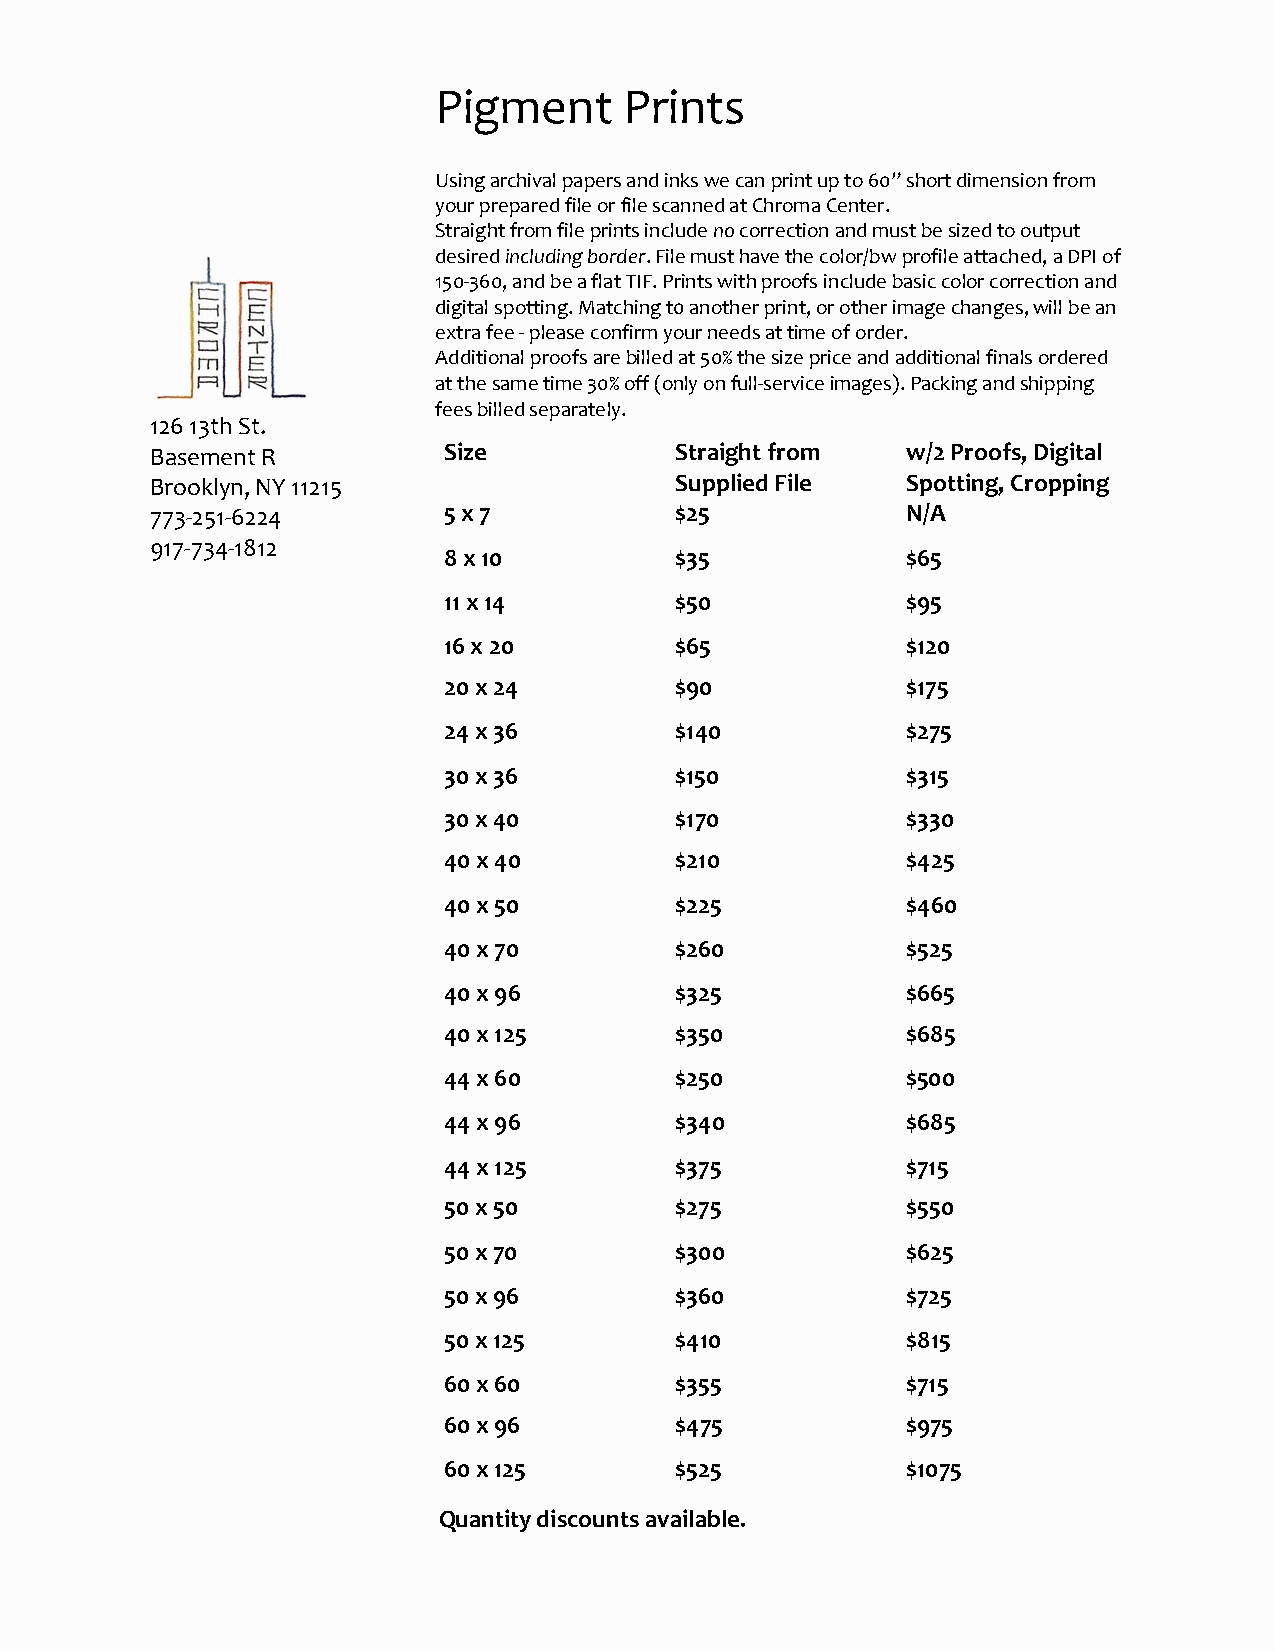
Pigment     Prints
 Using archival papers and inks we can print up to 60” short dimension from
 your prepared file or file scanned at Chroma Center.
 Straight from file prints include no correction and must be sized to output
 desired including border. File must have the color/bw profile attached, a DPI of
 150-360, and be a flat TIF. Prints with proofs include basic color correction and
 digital spotting. Matching t0 another print, or other image changes, will be an
 extra fee - please confirm your needs at time of order.
 Additional proofs are billed at 50% the size price and additional finals ordered
 at the same time 30% off (only on full-service images). Packing and shipping
 fees billed separately.
 126 13th St.
 Basement R         Size            Straight from  w/2 Proofs, Digital
 Brooklyn, NY 11215                 Supplied File  Spotting, Cropping
 773-251-6224       5 x 7           $25            N/A
 917-734-1812
 8 x 10          $35            $65
 11 x 14         $50            $95
 16 x 20         $65            $120
 20 x 24         $90            $175
 24 x 36         $140           $275
 30 x 36         $150           $315
 30 x 40         $170           $330
 40 x 40         $210           $425
 40 x 50         $225           $460
 40 x 70         $260           $525
 40 x 96         $325           $665
 40 x 125        $350           $685
 44 x 60         $250           $500
 44 x 96         $340           $685
 44 x 125        $375           $715
 50 x 50         $275           $550
 50 x 70         $300           $625
 50 x 96         $360           $725
 50 x 125        $410           $815
 60 x 60         $355           $715
 60 x 96         $475           $975
 60 x 125        $525           $1075
 Quantity discounts available.